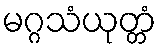
မဂ္ဂသံယုတ္တံ